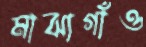
মাঝাগাঁও